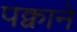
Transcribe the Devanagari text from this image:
पक्वाने